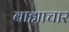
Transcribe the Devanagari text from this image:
बाह्याचार